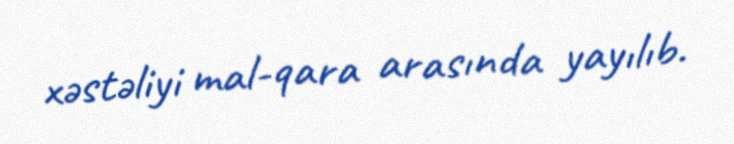
xəstəliyi mal-qara arasında yayılıb.